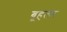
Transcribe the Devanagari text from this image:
बूहलर